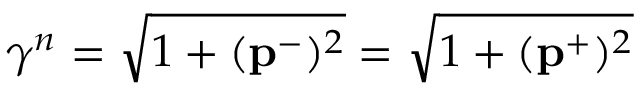
\gamma ^ { n } = \sqrt { 1 + ( \mathbf { p } ^ { - } ) ^ { 2 } } = \sqrt { 1 + ( \mathbf { p } ^ { + } ) ^ { 2 } }